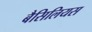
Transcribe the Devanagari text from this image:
बैसिलियस